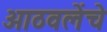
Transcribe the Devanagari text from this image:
आठवलेंचे